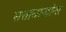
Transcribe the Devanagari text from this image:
सत्ताधार्‍यांना